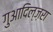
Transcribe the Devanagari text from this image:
गुआदिल्ज़रा